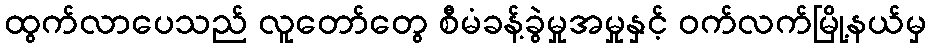
ထွက်လာပေသည် လူတော်တွေ စီမံခန့်ခွဲမှုအမှုနှင့် ဝက်လက်မြို့နယ်မှ